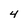
Character: 4